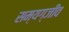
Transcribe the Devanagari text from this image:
सम्यग्जीव